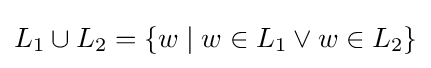
L_{1}\cup L_{2}=\{w\mid w\in L_{1}\lor w\in L_{2}\}